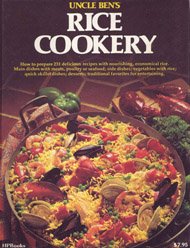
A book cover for Uncle Ben's Rice Cookery (H.P. Book 79); Cookbooks, Food & Wine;